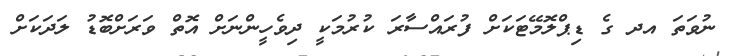
ނުވަތަ އދ ގެ ޑިޕްލޮމޭޓަކަށް ފުރައްސާރަ ކުރުމަކީ ދިވެހީންނަށް އޮތް ވަރަށްބޮޑު ލަދަަކަށް